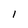
Character: 1